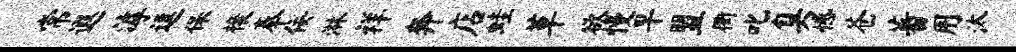
常遐滹逗保榱奉佞淋祥奔店蛙草欲慢早盟衢叱臭憾苍蕃用汰